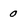
Character: o